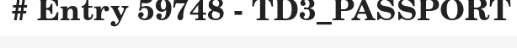
# Entry 59748 - TD3_PASSPORT